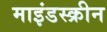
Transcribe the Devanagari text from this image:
माइंडस्क्रीन